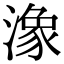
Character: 潒